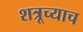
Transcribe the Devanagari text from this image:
शत्रूच्याच